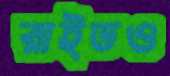
রাইডও